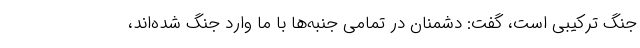
جنگ ترکیبی است، گفت: دشمنان در تمامی جنبه‌ها با ما وارد جنگ شده‌اند،